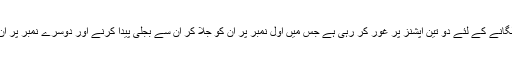
مودی سرکار 500 اور 1000 روپے کے منسوخ شدہ نوٹوں کے ڈھیر کو ٹھکانے لگانے کے لئے دو تین آپشنز پر غور کر رہی ہے جس میں اول نمبر پر ان کو جلا کر ان سے بجلی پیدا کرنے اور دوسرے نمبر پر ان کے بائیو ماس بلاکس میں تبدیل کر کے صنعتی استعمال میں لانے کا منصوبہ ہے۔